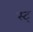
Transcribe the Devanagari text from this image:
स्ट्